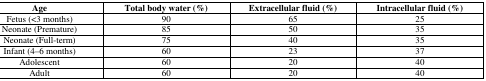
<table><thead><tr><td><b>Age</b></td><td><b>Total body water (%)</b></td><td><b>Extracellular fluid (%)</b></td><td><b>Intracellular fluid (%)</b></td></tr></thead><tbody><tr><td>Fetus (&lt;3 months)</td><td>90</td><td>65</td><td>25</td></tr><tr><td>Neonate (Premature)</td><td>85</td><td>50</td><td>35</td></tr><tr><td>Neonate (Full-term)</td><td>75</td><td>40</td><td>35</td></tr><tr><td>Infant (4–6 months)</td><td>60</td><td>23</td><td>37</td></tr><tr><td>Adolescent</td><td>60</td><td>20</td><td>40</td></tr><tr><td>Adult</td><td>60</td><td>20</td><td>40</td></tr></tbody></table>